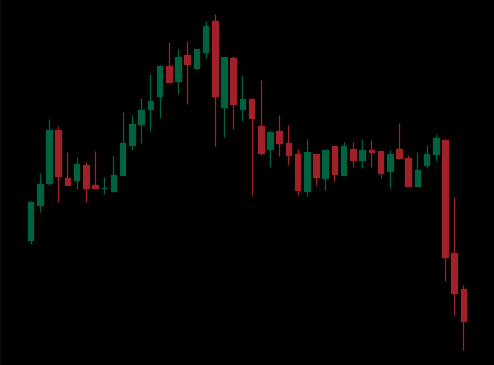
Pattern: head_shoulders